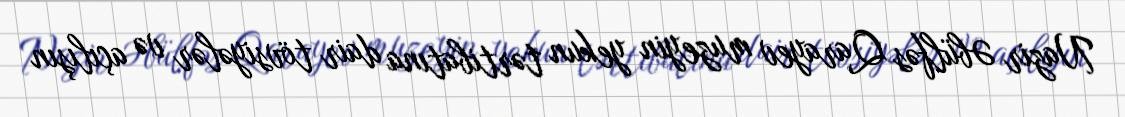
Nazir Əbülfəs Qarayev muzeyin yekun tərtibatına dair tövsiyələr və açılışın